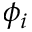
\phi _ { i }